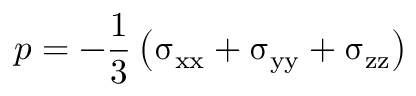
p = - \frac { 1 } { 3 } \left( { \upsigma _ { \mathrm { { x x } } } } + { \upsigma _ { \mathrm { { y y } } } } + { \upsigma _ { \mathrm { { z z } } } } \right)